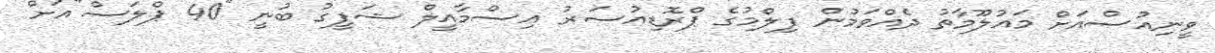
ވީނިއުސްއަށް މައުލޫމާތު ދެއްވަމުން ފިލްމުގެ ޕްރޮޑިއުސަރު އިސްމާއީލް ޝަފީގު ބުނީ "40 ޕްލަސް"އަށް